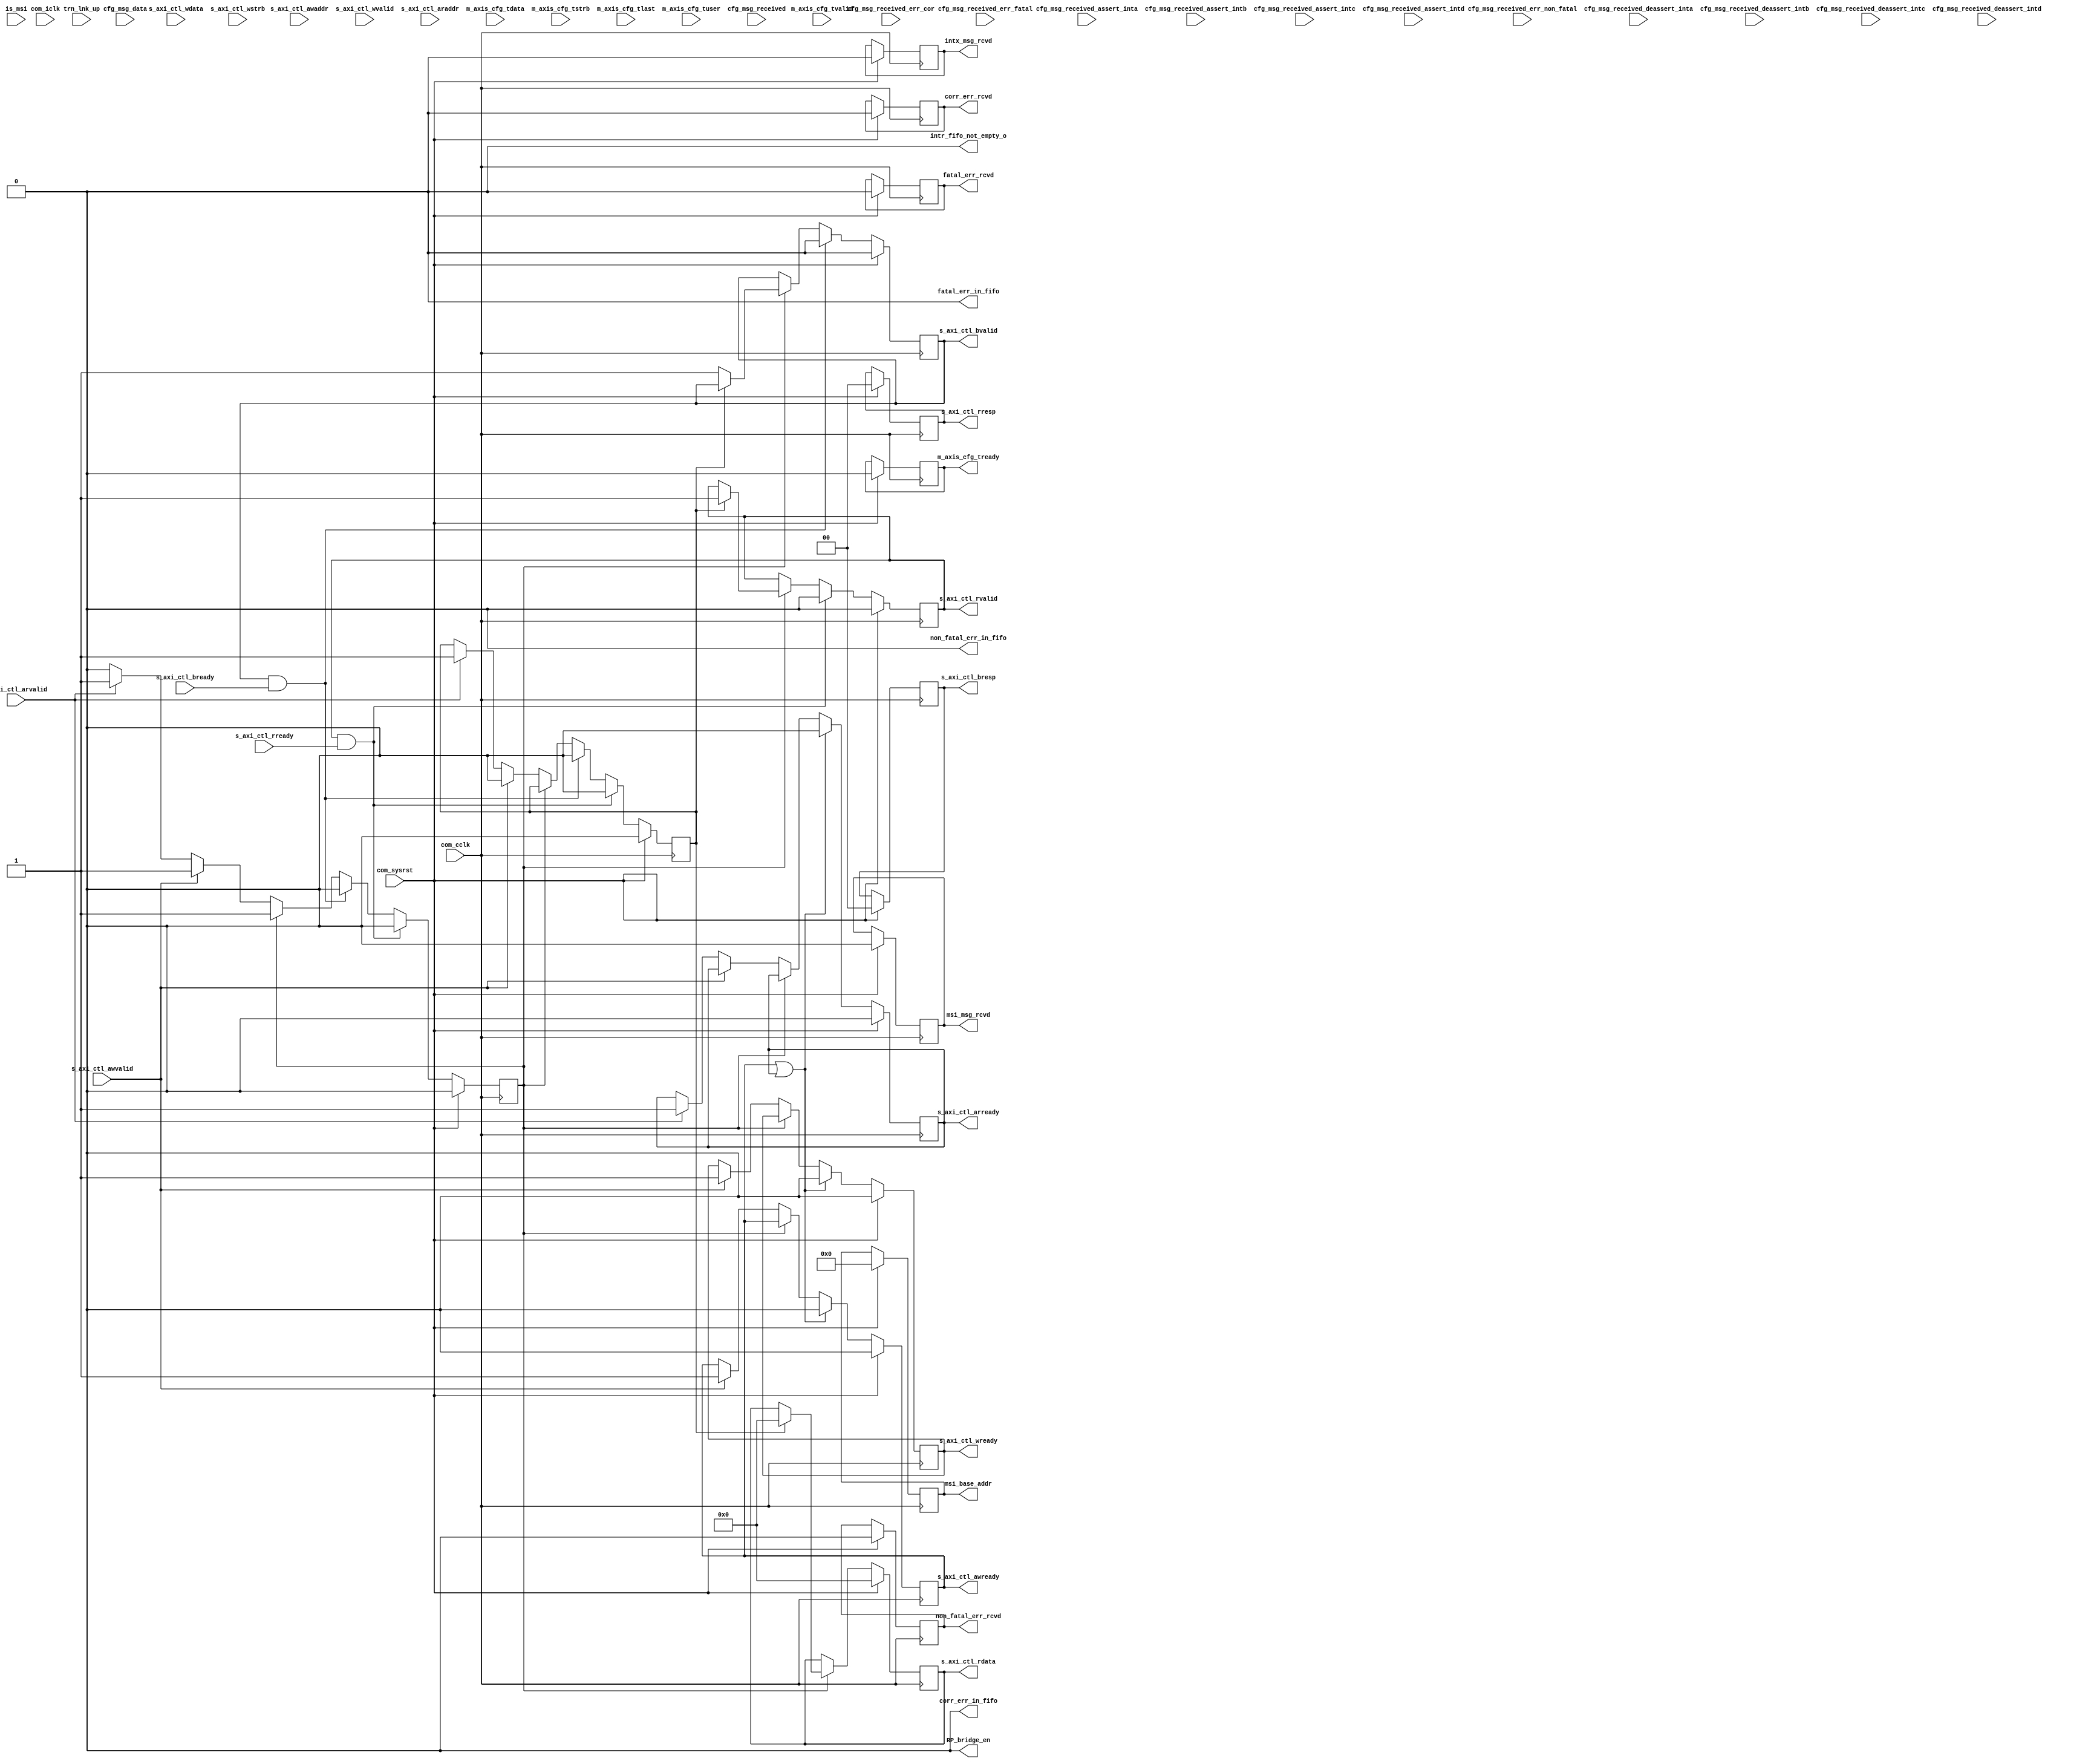
//----------------------------------------------------------------------------//
//                                                                            //
//  Description:                                                              //
//                                                                            //
//                                                                            //
//  Notes:                                                                    //
//  Optional notes section.                                                   //
//                                                                            //
//  Hierarchical:                                                             //
//    axi_enhanced_cfg                                                        //
//    axi_enhanced_cfg_event_handler                                          //
//                                                                            //
//----------------------------------------------------------------------------//

`timescale 1ps/1ps

module axi_enhanced_pcie_v1_04_a_axi_enhanced_cfg_event_handler #(
  parameter C_DATA_WIDTH = 32,                       // AXI-S Interface Data Width
  parameter C_FAMILY = "X7",                         // Targeted FPGA family
  parameter C_ROOT_PORT = "FALSE",                   // PCIe block is in root port mode
  parameter C_VSEC_CAP_ADDR = 12'h000,               // DWORD address of start of VSEC Header
  parameter TCQ = 1,                                 // Clock-to-Q delay
  // Do not override parameters below this line
  parameter REM_WIDTH  = (C_DATA_WIDTH == 128) ? 2 : 1, // trem/rrem width
  parameter RBAR_WIDTH = (C_FAMILY == "X7") ? 8 : 7,    // trn_rbar_hit width
  parameter STRB_WIDTH = C_DATA_WIDTH / 8               // TSTRB width
  ) (
  
  //--------------------------------------------//
  // AXI-Lite Interface                         //
  //--------------------------------------------//

  // AXI-Lite Write Address Channel
  input [31:0]               s_axi_ctl_awaddr,       // AXI Lite Write Address
  input                      s_axi_ctl_awvalid,      // AXI Lite Write Address Valid
  output reg                 s_axi_ctl_awready,      // AXI Lite Write Address Core ready

  // AXI-Lite Write Data Channel
  input [31:0]               s_axi_ctl_wdata,        // AXI Lite Write Data
  input [3:0]                s_axi_ctl_wstrb,        // AXI Lite Write Data strobe
  input                      s_axi_ctl_wvalid,       // AXI Lite Write Data Valid
  output reg                 s_axi_ctl_wready,       // AXI Lite Write Data Core ready

  // AXI-Lite Write Response Channel
  output reg [1:0]           s_axi_ctl_bresp,        // AXI Lite Write Data strobe
  output reg                 s_axi_ctl_bvalid,       // AXI Lite Write Data Valid
  input                      s_axi_ctl_bready,       // AXI Lite Write Data Core ready

  // AXI-Lite Read Address Channel
  input [31:0]               s_axi_ctl_araddr,       // AXI Lite Read Address
  input                      s_axi_ctl_arvalid,      // AXI Lite Read Address Valid
  output reg                 s_axi_ctl_arready,      // AXI Lite Read Address Core ready

  // AXI-Lite Read Data Channel
  output reg [31:0]          s_axi_ctl_rdata,        // AXI Lite Read Data
  output reg [1:0]           s_axi_ctl_rresp,        // AXI Lite Read Data strobe
  output reg                 s_axi_ctl_rvalid,       // AXI Lite Read Data Valid
  input                      s_axi_ctl_rready,       // AXI Lite Read Data Core ready

  //--------------------------------------------//
  // AXI-S Interface from RX Module             //
  //--------------------------------------------//
  input [C_DATA_WIDTH-1:0]   m_axis_cfg_tdata,       // AXI-S Data from RX module
  input                      m_axis_cfg_tvalid,      // Data is valid
  output reg                 m_axis_cfg_tready,      // Data Ready
  input [STRB_WIDTH-1:0]     m_axis_cfg_tstrb,       // Strobe byte enables
  input                      m_axis_cfg_tlast,       // Data Last
  input [21:0]               m_axis_cfg_tuser,       // AXI-S User Signals
  
  //--------------------------------------------//
  // Status Interface from PCIe Block           //
  //--------------------------------------------//
  input [15:0]               cfg_msg_data,                   // Message Requester ID
  input                      cfg_msg_received,               // Indication of Message received
  input                      cfg_msg_received_err_cor,       // Correctable Error received
  input                      cfg_msg_received_err_non_fatal, // Non-Fatal Error received
  input                      cfg_msg_received_err_fatal,     // Fatal Error received
  input                      cfg_msg_received_assert_inta,   // INTA Assert
  input                      cfg_msg_received_assert_intb,   // INTB Assert
  input                      cfg_msg_received_assert_intc,   // INTC Assert
  input                      cfg_msg_received_assert_intd,   // INTD Assert
  input                      cfg_msg_received_deassert_inta, // INTA Dessert
  input                      cfg_msg_received_deassert_intb, // INTB Dessert
  input                      cfg_msg_received_deassert_intc, // INTC Dessert
  input                      cfg_msg_received_deassert_intd, // INTD Dessert

  // Control pins
  input                      trn_lnk_up,             // TRN Link Up
  output                     RP_bridge_en,           // RP Bridge Enable bit

  //--------------------------------------------//
  // Control Channel side-band signals          //
  //--------------------------------------------//
  input                      is_msi,                 // MSI is present on the AXI-S Interface
  output reg [63:0]          msi_base_addr,          // MSI Base Address
  output reg                 corr_err_rcvd,          // Received Correctable Error
  output reg                 non_fatal_err_rcvd,     // Received Non-Fatal Error
  output reg                 fatal_err_rcvd,         // Received Fatal Error
  output reg                 intx_msg_rcvd,          // Received INTx Message
  output reg                 msi_msg_rcvd,           // Received MSI Message
  output wire                intr_fifo_not_empty_o,  // Interrupt FIFO not empty flag
  output wire                corr_err_in_fifo,       // Correctable error is present inside Error FIFO
  output wire                non_fatal_err_in_fifo,  // Non-Fatal error is present inside Error FIFO
  output wire                fatal_err_in_fifo,      // Fatal error is present inside Error FIFO

  //--------------------------------------------//
  // System I/Os                                //
  //--------------------------------------------//
  input                      com_sysrst,             // Reset Signal for the core
  input                      com_iclk,               // Interface Clock
  input                      com_cclk                // AXI Lite Clock
  );

  reg                        request_in_progress;    // To make sure we don't capture the AXI-Lite
                                                     // read/write request again upon receiving the
                                                     // corresponding valid bit HIGH if any request
                                                     // is waiting for response
  reg                        rd_wr_bar_pending;      // Read/Write bar flag
  
  // generate block to differentiate the module's role in case of EndPoint and Root Port
  generate

  if(C_ROOT_PORT == "FALSE") begin: block_is_ep
  
    // Register space in this module is specific to RP configuration
    // Write to these registers in case of EP will have no effect
    // Read to these registers in case of EP will give always 'b0 on data bus along with OKAY response

    // initialize the wires    
    assign RP_bridge_en = 'b0;

    assign intr_fifo_not_empty_o = 1'b0;
    assign corr_err_in_fifo = 1'b0;
    assign non_fatal_err_in_fifo = 1'b0;
    assign fatal_err_in_fifo = 1'b0;

    always@(posedge com_cclk)
    begin
      if(com_sysrst) begin
        s_axi_ctl_awready         <= #TCQ 'b0;
        s_axi_ctl_wready          <= #TCQ 'b0;
        s_axi_ctl_bresp           <= #TCQ 'b0;
        s_axi_ctl_bvalid          <= #TCQ 'b0;
        s_axi_ctl_arready         <= #TCQ 'b0;
        s_axi_ctl_rdata           <= #TCQ 32'b0;
        s_axi_ctl_rresp           <= #TCQ 'b0;
        s_axi_ctl_rvalid          <= #TCQ 'b0;
        m_axis_cfg_tready         <= #TCQ 'b0;
        request_in_progress       <= #TCQ 'b0;
        rd_wr_bar_pending         <= #TCQ 'b0;
        // Side-band signals will be tied to 0 for EndPoint configuration
        msi_base_addr             <= #TCQ 64'b0;
        corr_err_rcvd             <= #TCQ 'b0;
        non_fatal_err_rcvd        <= #TCQ 'b0;
        fatal_err_rcvd            <= #TCQ 'b0;
        intx_msg_rcvd             <= #TCQ 'b0;
        msi_msg_rcvd              <= #TCQ 'b0;
      end
      else begin
        if(!request_in_progress) begin
          if(s_axi_ctl_awvalid) begin  // Write request
            s_axi_ctl_awready     <= #TCQ 'b1;
            s_axi_ctl_wready      <= #TCQ 'b1;
            request_in_progress   <= #TCQ 'b1;
            rd_wr_bar_pending     <= #TCQ 'b0;
          end
          else if(s_axi_ctl_arvalid) begin // Read Request
            s_axi_ctl_arready     <= #TCQ 'b1;
            request_in_progress   <= #TCQ 'b1;
            rd_wr_bar_pending     <= #TCQ 'b1;
          end
        end
        else begin
          if(rd_wr_bar_pending) begin // Read Request is pending
            s_axi_ctl_rdata       <= #TCQ 'b0;
            s_axi_ctl_rvalid      <= #TCQ 'b1;
          end
          else begin // Write request is pending
            s_axi_ctl_bvalid      <= #TCQ 'b1;
          end
        end  

        // Ready output signals must be asserted for single clock cycle
        if(s_axi_ctl_awready || s_axi_ctl_arready) begin
          s_axi_ctl_awready      <= #TCQ 1'b0;
          s_axi_ctl_wready        <= #TCQ 1'b0;
          s_axi_ctl_arready       <= #TCQ 1'b0;
        end
        // De-assert response valid signal along with request in progress once
        // the transaction is received by the AXI-Lite slave sub-module
        if(s_axi_ctl_bvalid && s_axi_ctl_bready) begin
          s_axi_ctl_bvalid        <= #TCQ 1'b0;
          request_in_progress     <= #TCQ 1'b0;
          rd_wr_bar_pending       <= #TCQ 1'b0;
        end
        if(s_axi_ctl_rvalid && s_axi_ctl_rready) begin
          s_axi_ctl_rvalid        <= #TCQ 1'b0;
          request_in_progress     <= #TCQ 1'b0;
          rd_wr_bar_pending       <= #TCQ 1'b0;
        end

      end
    end
  end  // block_is_ep
  else begin: block_is_rp
    // All registers present inside this sub-module are RP specific
    localparam               PTR_WIDTH = 4;
    localparam               FIFO_DEPTH = (1 << PTR_WIDTH);
    reg [31:0]               root_port_status_control;
    reg [31:0]               root_port_error_fifo_read [FIFO_DEPTH-1:0];
    reg [31:0]               root_port_interrupt_fifo_read1 [FIFO_DEPTH-1:0];
    reg [31:0]               root_port_interrupt_fifo_read2 [FIFO_DEPTH-1:0];
    // Rd/Wr Pointers to FIFOs
    reg [PTR_WIDTH-1:0]      err_fifo_rd_ptr;
    reg [PTR_WIDTH-1:0]      err_fifo_wr_ptr;
    reg [PTR_WIDTH-1:0]      intr_fifo_rd_ptr;
    reg [PTR_WIDTH-1:0]      intr_fifo_wr_ptr;
    // Flags
    wire                     err_fifo_not_empty;
    wire                     intr_fifo_not_empty;
    wire                     err_fifo_full;
    wire                     intr_fifo_full;
    // Local signals to capture MSI related info....
    reg [15:0]               msi_req_id;
    reg [10:0]               msi_addr;
    reg                      is_4dw_header;
    reg                      tlp_rcv_in_progress;
    reg                      trn_lnk_up_d;
    reg                      rd_wr_done;

    // Corr/Non-Fatal/Fatal Error counters
    reg [3:0]                corr_err_cntr;
    reg [3:0]                non_fatal_err_cntr;
    reg [3:0]                fatal_err_cntr;

    reg                      corr_err_incr;
    reg                      corr_err_decr;
    reg                      non_fatal_err_incr;
    reg                      non_fatal_err_decr;
    reg                      fatal_err_incr;
    reg                      fatal_err_decr;

    // Transmit Hot Reset to the DS device
    assign RP_bridge_en = root_port_status_control[0];

    assign intr_fifo_not_empty_o = intr_fifo_not_empty;
    assign corr_err_in_fifo = (corr_err_cntr == 4'b0000) ? 1'b0 : 1'b1;
    assign non_fatal_err_in_fifo = (non_fatal_err_cntr == 4'b0000) ? 1'b0 : 1'b1;
    assign fatal_err_in_fifo = (fatal_err_cntr == 4'b0000) ? 1'b0 : 1'b1;

    // Logic to read/write the register bank through AXI-Lite interface
    always@(posedge com_cclk) begin
      if(com_sysrst) begin
        // Reset the registers
          s_axi_ctl_awready         <= #TCQ 'b0;
          s_axi_ctl_wready          <= #TCQ 'b0;
          s_axi_ctl_arready         <= #TCQ 'b0;
          s_axi_ctl_bvalid          <= #TCQ 'b0;
          s_axi_ctl_rvalid          <= #TCQ 'b0;
          request_in_progress       <= #TCQ 'b0;
          rd_wr_bar_pending         <= #TCQ 'b0;
          root_port_status_control  <= #TCQ 'b0;
          msi_base_addr             <= #TCQ 64'b0;
          err_fifo_rd_ptr           <= #TCQ 'b0;
          intr_fifo_rd_ptr          <= #TCQ 'b0;
          s_axi_ctl_rdata           <= #TCQ 'b0;
          s_axi_ctl_rresp           <= #TCQ 'b0;
          s_axi_ctl_bresp           <= #TCQ 'b0;
          trn_lnk_up_d              <= #TCQ 1'b0;
          rd_wr_done                <= #TCQ 1'b0;
          corr_err_decr             <= #TCQ 1'b0;
          non_fatal_err_decr        <= #TCQ 1'b0;
          fatal_err_decr            <= #TCQ 1'b0;
      end
      else begin
        if(!request_in_progress) begin
          if(s_axi_ctl_awvalid) begin // Write request
            s_axi_ctl_awready         <= #TCQ 1'b1;
            s_axi_ctl_wready          <= #TCQ 1'b1;
            request_in_progress       <= #TCQ 1'b1;
            rd_wr_bar_pending         <= #TCQ 'b0;
          end
          else if(s_axi_ctl_arvalid) begin // Read Request
            s_axi_ctl_arready         <= #TCQ 1'b1;
            request_in_progress       <= #TCQ 1'b1;
            rd_wr_bar_pending         <= #TCQ 'b1;
          end
        end
        else if(!rd_wr_done) begin // Request is in progress
          rd_wr_done                  <= #TCQ 1'b1;
          if(rd_wr_bar_pending) begin // Read request is pending
            s_axi_ctl_rvalid          <= #TCQ 1'b1;
            case(s_axi_ctl_araddr[11:0])
            // Root Port Status/Control
            (C_VSEC_CAP_ADDR + 12'h20) : begin
                                         s_axi_ctl_rdata          <= #TCQ root_port_status_control;
                                         end
            // Root Port MSI Base 1
            (C_VSEC_CAP_ADDR + 12'h24) : begin
                                           s_axi_ctl_rdata        <= #TCQ msi_base_addr[63:32];
                                         end
            // Root Port MSI Base 2
            (C_VSEC_CAP_ADDR + 12'h28) : begin
                                           s_axi_ctl_rdata        <= #TCQ msi_base_addr[31:0];
                                         end
            // Root Port Error FIFO Read
            (C_VSEC_CAP_ADDR + 12'h2C) : begin
                                           if(err_fifo_not_empty) begin
                                             s_axi_ctl_rdata        <= #TCQ root_port_error_fifo_read[err_fifo_rd_ptr];
                                           end
                                           else begin
                                             s_axi_ctl_rdata[17:0]  <= #TCQ 
                                                                        root_port_error_fifo_read[err_fifo_rd_ptr][17:0];
                                             s_axi_ctl_rdata[18]    <= #TCQ 1'b0; // Error Valid = 1'b0 i.e. Failure
                                             s_axi_ctl_rdata[31:19] <= #TCQ 
                                                                        root_port_error_fifo_read[err_fifo_rd_ptr][31:19];
                                           end
                                         end
            // Root Port Interrupt FIFO Read 1
            (C_VSEC_CAP_ADDR + 12'h30) : begin
                                           if(intr_fifo_not_empty) begin
                                             s_axi_ctl_rdata        <= #TCQ 
                                                                         root_port_interrupt_fifo_read1[intr_fifo_rd_ptr];
                                           end
                                           else begin
                                             s_axi_ctl_rdata[30:0]  <= #TCQ 
                                                                  root_port_interrupt_fifo_read1[intr_fifo_rd_ptr][30:0];
                                             s_axi_ctl_rdata[31]    <= #TCQ 1'b0; // Interrupt Valid = 1'b0 i.e. Failure
                                           end
                                         end
            // Root Port Interrupt FIFO Read 2
            default                    : begin
                                           s_axi_ctl_rdata          <= #TCQ 
                                                                         root_port_interrupt_fifo_read2[intr_fifo_rd_ptr];
                                         end
            endcase
          end
          else begin // Write Request is pending
            s_axi_ctl_bvalid            <= #TCQ 1'b1;
            case(s_axi_ctl_awaddr[11:0])
            // Root Port Status/Control
            (C_VSEC_CAP_ADDR + 12'h20) : begin
                                         // Transmit Hot reset
                                         root_port_status_control[0]     <= #TCQ s_axi_ctl_wdata[0];
                                         // Error FIFO Overflow RW1C Bit
                                         root_port_status_control[17]    <= #TCQ (~s_axi_ctl_wdata[17] & 
                                                                                        root_port_status_control[17]);
                                         // Interrupt FIFO Overflow RW1C Bit
                                         root_port_status_control[19]    <= #TCQ (~s_axi_ctl_wdata[19] & 
                                                                                        root_port_status_control[19]);
                                         end
            // Root Port MSI Base 1
            (C_VSEC_CAP_ADDR + 12'h24) : begin
                                           msi_base_addr[63:32]          <= #TCQ s_axi_ctl_wdata;
                                         end
            // Root Port MSI Base 2
            (C_VSEC_CAP_ADDR + 12'h28) : begin
                                           msi_base_addr[31:12]          <= #TCQ s_axi_ctl_wdata[31:12];
                                         end
            // Root Port Error FIFO Read
            (C_VSEC_CAP_ADDR + 12'h2C) : begin
                                           // Write to this FIFO will clear the FIFO location
                                           if(err_fifo_not_empty) begin
                                             err_fifo_rd_ptr               <= #TCQ err_fifo_rd_ptr + 1'b1;

                                             // Correctable Error
                                             if (root_port_error_fifo_read[err_fifo_rd_ptr][17:16] == 2'b00) begin
                                               corr_err_decr               <= #TCQ 1'b1;
                                             end
                                             
                                             // Non-Fatal Error
                                             else if(root_port_error_fifo_read[err_fifo_rd_ptr][17:16] == 2'b01) begin
                                               non_fatal_err_decr          <= #TCQ 1'b1;
                                             end
                                             
                                             // Fatal Error
                                             else begin
                                               fatal_err_decr              <= #TCQ 1'b1;
                                             end
                                           end
                                         end
            // Root Port Interrupt FIFO Read 1
            (C_VSEC_CAP_ADDR + 12'h30) : begin
                                           // Write to this FIFO will clear the Interrupt FIFO1 and 2 location
                                           if(intr_fifo_not_empty) begin
                                             intr_fifo_rd_ptr               <= #TCQ intr_fifo_rd_ptr + 1'b1;
                                           end
                                         end
            // Root Port Interrupt FIFO Read 2
            default                    : begin
                                           // Write to this FIFO will clear the Interrupt FIFO1 and 2 location
                                           if(intr_fifo_not_empty) begin
                                             intr_fifo_rd_ptr               <= #TCQ intr_fifo_rd_ptr + 1'b1;
                                           end
                                         end
            endcase
          end
        end
        // Ready output signals must be asserted for single clock cycle
        if(s_axi_ctl_awready || s_axi_ctl_arready) begin
          s_axi_ctl_awready    <= #TCQ 1'b0;
          s_axi_ctl_wready     <= #TCQ 1'b0;
          s_axi_ctl_arready    <= #TCQ 1'b0;
        end

        // De-assert response valid signal along with request in progress once
        // the transaction is received by the AXI-Lite slave sub-module
        if(s_axi_ctl_bvalid && s_axi_ctl_bready) begin
          s_axi_ctl_bvalid     <= #TCQ 1'b0;
          request_in_progress  <= #TCQ 1'b0;
          rd_wr_done           <= #TCQ 1'b0;
        end
        if(s_axi_ctl_rvalid && s_axi_ctl_rready) begin
          s_axi_ctl_rvalid     <= #TCQ 1'b0;
          request_in_progress  <= #TCQ 1'b0;
          rd_wr_done           <= #TCQ 1'b0;
        end

        // Corr/Non-Fatal/Fatal error decrement notification must be a single cycle pulse
        if(corr_err_decr) begin
          corr_err_decr        <= #TCQ 1'b0;
        end
        if(non_fatal_err_decr) begin
          non_fatal_err_decr   <= #TCQ 1'b0;
        end
        if(fatal_err_decr) begin
          fatal_err_decr       <= #TCQ 1'b0;
        end

        // Root Port Status Control
        root_port_status_control[16] <= #TCQ err_fifo_not_empty;
        root_port_status_control[18] <= #TCQ intr_fifo_not_empty;

        // Drop the error Msg because of FIFO overflow
        if(cfg_msg_received && err_fifo_full && 
                      (cfg_msg_received_err_cor || cfg_msg_received_err_non_fatal || cfg_msg_received_err_fatal)) begin
          root_port_status_control[17]  <= #TCQ 1'b1; // OverFlow Flag will be set
        end
        // Drop the Interrupt Msg because of FIFO overflow
        if(intr_fifo_full && is_msi && m_axis_cfg_tvalid && m_axis_cfg_tready && (m_axis_cfg_tuser[21] == 1'b1)) begin
          root_port_status_control[19]  <= #TCQ 1'b1;
        end
        // Drop the Interrupt INTx because of FIFO overflow
        if(intr_fifo_full && cfg_msg_received && (cfg_msg_received_assert_inta || cfg_msg_received_assert_intb || 
             cfg_msg_received_assert_intc || cfg_msg_received_assert_intd || cfg_msg_received_deassert_inta ||
             cfg_msg_received_deassert_intb || cfg_msg_received_deassert_intc || cfg_msg_received_deassert_intd)) begin
          root_port_status_control[19]  <= #TCQ 1'b1;
        end
        // Clear the root_port_status_control[0] location whenever link goes down fron link up
        trn_lnk_up_d                  <= trn_lnk_up;
        if(trn_lnk_up_d && (!trn_lnk_up)) begin
          root_port_status_control[0] <= 1'b0; // Clear RP_bridge_en
        end
      end
    end // always

    integer i;

    // Error FIFO
    always@(posedge com_iclk) begin
      if(com_sysrst) begin
        // reset the registers
        for( i = 0; i < FIFO_DEPTH; i = i + 1) begin
          root_port_error_fifo_read[i] <= #TCQ 'b0;
        end
        err_fifo_wr_ptr        <= #TCQ 'b0;
        corr_err_rcvd          <= #TCQ 'b0;
        non_fatal_err_rcvd     <= #TCQ 'b0;
        fatal_err_rcvd         <= #TCQ 'b0;
        corr_err_incr          <= #TCQ 'b0;
        non_fatal_err_incr     <= #TCQ 'b0;
        fatal_err_incr         <= #TCQ 'b0;
      end
      else begin
        if(cfg_msg_received && (!err_fifo_full)) begin
          if(cfg_msg_received_err_cor) begin
            root_port_error_fifo_read[err_fifo_wr_ptr][15:0]  <= #TCQ cfg_msg_data; // Requester ID
            root_port_error_fifo_read[err_fifo_wr_ptr][17:16] <= #TCQ 2'b00;
            root_port_error_fifo_read[err_fifo_wr_ptr][18]    <= #TCQ 1'b1;
            err_fifo_wr_ptr                                   <= #TCQ err_fifo_wr_ptr + 1'b1;
            corr_err_rcvd                                     <= #TCQ 1'b1;
            corr_err_incr                                     <= #TCQ 1'b1;
          end
          if(cfg_msg_received_err_non_fatal) begin
            root_port_error_fifo_read[err_fifo_wr_ptr][15:0]  <= #TCQ cfg_msg_data; // Requester ID
            root_port_error_fifo_read[err_fifo_wr_ptr][17:16] <= #TCQ 2'b01;
            root_port_error_fifo_read[err_fifo_wr_ptr][18]    <= #TCQ 1'b1;
            err_fifo_wr_ptr                                   <= #TCQ err_fifo_wr_ptr + 1'b1;
            non_fatal_err_rcvd                                <= #TCQ 1'b1;
            non_fatal_err_incr                                <= #TCQ 1'b1;
          end
          if(cfg_msg_received_err_fatal) begin
            root_port_error_fifo_read[err_fifo_wr_ptr][15:0]  <= #TCQ cfg_msg_data; // Requester ID
            root_port_error_fifo_read[err_fifo_wr_ptr][17:16] <= #TCQ 2'b10;
            root_port_error_fifo_read[err_fifo_wr_ptr][18]    <= #TCQ 1'b1;
            err_fifo_wr_ptr                                   <= #TCQ err_fifo_wr_ptr + 1'b1;
            fatal_err_rcvd                                    <= #TCQ 1'b1;
            fatal_err_incr                                    <= #TCQ 1'b1;
          end
        end
        // Assert ERROR Falgs for once clock cycle only
        if(corr_err_rcvd) begin
          corr_err_rcvd                                       <= #TCQ 1'b0;
          corr_err_incr                                       <= #TCQ 1'b0;
        end
        if(non_fatal_err_rcvd) begin
          non_fatal_err_rcvd                                  <= #TCQ 1'b0;
          non_fatal_err_incr                                  <= #TCQ 1'b0;
        end
        if(fatal_err_rcvd) begin
          fatal_err_rcvd                                      <= #TCQ 1'b0;
          fatal_err_incr                                      <= #TCQ 1'b0;
        end
      end
    end // always

    // FIFO empty and full notification
    assign err_fifo_full        = ((err_fifo_rd_ptr - err_fifo_wr_ptr) == 4'b0001) ? 1'b1 : 1'b0;
    assign err_fifo_not_empty   = (err_fifo_rd_ptr == err_fifo_wr_ptr) ? 1'b0 : 1'b1;

    assign intr_fifo_full        = ((intr_fifo_rd_ptr - intr_fifo_wr_ptr) == 4'b0001) ? 1'b1 : 1'b0;
    assign intr_fifo_not_empty   = (intr_fifo_rd_ptr == intr_fifo_wr_ptr) ? 1'b0 : 1'b1;

    // Logic to count number of outstanding CORR/NON-FATAL/FATAL Errors in Root Port Error FIFO
    always@(posedge com_iclk) begin
      if(com_sysrst) begin
        corr_err_cntr      <= #TCQ 4'b0;
        non_fatal_err_cntr <= #TCQ 4'b0;
        fatal_err_cntr     <= #TCQ 4'b0;
      end
      else begin
        
        // Correctable error
        if(corr_err_incr) begin
          corr_err_cntr      <= #TCQ corr_err_cntr + 1'b1;
        end
        else if (corr_err_decr) begin
          corr_err_cntr      <= #TCQ corr_err_cntr - 1'b1;
        end
        
        // Non-Fatal error
        if(non_fatal_err_incr) begin
          non_fatal_err_cntr <= #TCQ non_fatal_err_cntr + 1'b1;
        end
        else if (non_fatal_err_decr) begin
          non_fatal_err_cntr <= #TCQ non_fatal_err_cntr - 1'b1;
        end
        
        // Fatal error
        if(fatal_err_incr) begin
          fatal_err_cntr <= #TCQ fatal_err_cntr + 1'b1;
        end
        else if (fatal_err_decr) begin
          fatal_err_cntr <= #TCQ fatal_err_cntr - 1'b1;
        end
      end
    end

    if(C_DATA_WIDTH == 128) begin
      // Flag to show Un-Aligned TLP start
      reg                    unaligned_tlp_started;
      // Logic to collect MSI Interrupt Message TLP from AXI-S RX CFG Interface
      // Interrupt FIFO1 and 2
      always@(posedge com_iclk) begin
        if(com_sysrst) begin
          // Reset the FIFOs
          for( i = 0; i < FIFO_DEPTH; i = i + 1) begin
            root_port_interrupt_fifo_read1[i] <= #TCQ 'b0;
            root_port_interrupt_fifo_read2[i] <= #TCQ 'b0;
          end
          intr_fifo_wr_ptr                    <= #TCQ 'b0;
          intx_msg_rcvd                       <= #TCQ 'b0;
          msi_msg_rcvd                        <= #TCQ 'b0;
        end
        else begin
          if((!intr_fifo_full) && is_msi && m_axis_cfg_tvalid && m_axis_cfg_tready && 
                                                                            (m_axis_cfg_tuser[21] == 1'b1)) begin
            // Requester ID of MSI
            root_port_interrupt_fifo_read1[intr_fifo_wr_ptr][15:0]    <= #TCQ msi_req_id;
            if(unaligned_tlp_started) begin
              if(is_4dw_header) begin
              // 64-bit MSI Address
              root_port_interrupt_fifo_read1[intr_fifo_wr_ptr][26:16] <= #TCQ m_axis_cfg_tdata[44:34]; // DW3[12:2]
              end
              else begin
              // 32-bit MSI Address
              root_port_interrupt_fifo_read1[intr_fifo_wr_ptr][26:16] <= #TCQ m_axis_cfg_tdata[12:2]; // DW2[12:2]
              end
            end
            else begin
              // MSI Address
              root_port_interrupt_fifo_read1[intr_fifo_wr_ptr][26:16] <= #TCQ msi_addr;
            end
            // Interrupt Line INTx tied to '0'
            root_port_interrupt_fifo_read1[intr_fifo_wr_ptr][28:27]   <= #TCQ 2'b00;
            // Interrupt Assert tied to '0'
            root_port_interrupt_fifo_read1[intr_fifo_wr_ptr][29]      <= #TCQ 1'b0;
            // MSI Interrupt
            root_port_interrupt_fifo_read1[intr_fifo_wr_ptr][30]      <= #TCQ 1'b1;
            // Interrupt Valid
            root_port_interrupt_fifo_read1[intr_fifo_wr_ptr][31]      <= #TCQ 1'b1;
            case(m_axis_cfg_tstrb)
            16'hFFFF : root_port_interrupt_fifo_read2[intr_fifo_wr_ptr][15:0] <= #TCQ 
                                                               {m_axis_cfg_tdata[119:112],m_axis_cfg_tdata[127:120]};
            16'h0FFF : root_port_interrupt_fifo_read2[intr_fifo_wr_ptr][15:0] <= #TCQ 
                                                               {m_axis_cfg_tdata[87:80],m_axis_cfg_tdata[95:88]};
            16'h00FF : root_port_interrupt_fifo_read2[intr_fifo_wr_ptr][15:0] <= #TCQ 
                                                               {m_axis_cfg_tdata[55:48],m_axis_cfg_tdata[63:56]};
            default :  root_port_interrupt_fifo_read2[intr_fifo_wr_ptr][15:0] <= #TCQ 
                                                               {m_axis_cfg_tdata[23:16],m_axis_cfg_tdata[31:24]};
            endcase
            intr_fifo_wr_ptr                <= #TCQ intr_fifo_wr_ptr + 1'b1;
            msi_msg_rcvd                    <= #TCQ 1'b1;
          end
          else begin
            if((!intr_fifo_full) && cfg_msg_received) begin
              if(cfg_msg_received_assert_inta) begin
                root_port_interrupt_fifo_read1[intr_fifo_wr_ptr][15:0]  <= #TCQ cfg_msg_data;
                root_port_interrupt_fifo_read1[intr_fifo_wr_ptr][26:16] <= #TCQ 'b0;
                root_port_interrupt_fifo_read1[intr_fifo_wr_ptr][28:27] <= #TCQ 2'b00;// INTA
                root_port_interrupt_fifo_read1[intr_fifo_wr_ptr][29]    <= #TCQ 1'b1; // Assert
                root_port_interrupt_fifo_read1[intr_fifo_wr_ptr][30]    <= #TCQ 1'b0; // INTx
                root_port_interrupt_fifo_read1[intr_fifo_wr_ptr][31]    <= #TCQ 1'b1; // Valid
                intr_fifo_wr_ptr                <= #TCQ intr_fifo_wr_ptr + 1'b1;
                intx_msg_rcvd                   <= #TCQ 1'b1;
              end
              else if(cfg_msg_received_assert_intb) begin
                intr_fifo_wr_ptr                <= #TCQ intr_fifo_wr_ptr + 1'b1;
                root_port_interrupt_fifo_read1[intr_fifo_wr_ptr][15:0]  <= #TCQ cfg_msg_data;
                root_port_interrupt_fifo_read1[intr_fifo_wr_ptr][26:16] <= #TCQ 'b0;
                root_port_interrupt_fifo_read1[intr_fifo_wr_ptr][28:27] <= #TCQ 2'b01;// INTB
                root_port_interrupt_fifo_read1[intr_fifo_wr_ptr][29]    <= #TCQ 1'b1; // Assert
                root_port_interrupt_fifo_read1[intr_fifo_wr_ptr][30]    <= #TCQ 1'b0; // INTx
                root_port_interrupt_fifo_read1[intr_fifo_wr_ptr][31]    <= #TCQ 1'b1; // Valid
                intr_fifo_wr_ptr                <= #TCQ intr_fifo_wr_ptr + 1'b1;
                intx_msg_rcvd                   <= #TCQ 1'b1;
              end
              else if(cfg_msg_received_assert_intc) begin
                root_port_interrupt_fifo_read1[intr_fifo_wr_ptr][15:0]  <= #TCQ cfg_msg_data;
                root_port_interrupt_fifo_read1[intr_fifo_wr_ptr][26:16] <= #TCQ 'b0;
                root_port_interrupt_fifo_read1[intr_fifo_wr_ptr][28:27] <= #TCQ 2'b10;// INTC
                root_port_interrupt_fifo_read1[intr_fifo_wr_ptr][29]    <= #TCQ 1'b1; // Assert
                root_port_interrupt_fifo_read1[intr_fifo_wr_ptr][30]    <= #TCQ 1'b0; // INTx
                root_port_interrupt_fifo_read1[intr_fifo_wr_ptr][31]    <= #TCQ 1'b1; // Valid
                intr_fifo_wr_ptr                <= #TCQ intr_fifo_wr_ptr + 1'b1;
                intx_msg_rcvd                   <= #TCQ 1'b1;
              end
              else if(cfg_msg_received_assert_intd) begin
                root_port_interrupt_fifo_read1[intr_fifo_wr_ptr][15:0]  <= #TCQ cfg_msg_data;
                root_port_interrupt_fifo_read1[intr_fifo_wr_ptr][26:16] <= #TCQ 'b0;
                root_port_interrupt_fifo_read1[intr_fifo_wr_ptr][28:27] <= #TCQ 2'b11;// INTD
                root_port_interrupt_fifo_read1[intr_fifo_wr_ptr][29]    <= #TCQ 1'b1; // Assert
                root_port_interrupt_fifo_read1[intr_fifo_wr_ptr][30]    <= #TCQ 1'b0; // INTx
                root_port_interrupt_fifo_read1[intr_fifo_wr_ptr][31]    <= #TCQ 1'b1; // Valid
                intr_fifo_wr_ptr                <= #TCQ intr_fifo_wr_ptr + 1'b1;
                intx_msg_rcvd                   <= #TCQ 1'b1;
              end
              else if(cfg_msg_received_deassert_inta) begin
                root_port_interrupt_fifo_read1[intr_fifo_wr_ptr][15:0]  <= #TCQ cfg_msg_data;
                root_port_interrupt_fifo_read1[intr_fifo_wr_ptr][26:16] <= #TCQ 'b0;
                root_port_interrupt_fifo_read1[intr_fifo_wr_ptr][28:27] <= #TCQ 2'b00;// INTA
                root_port_interrupt_fifo_read1[intr_fifo_wr_ptr][29]    <= #TCQ 1'b0; // De-Assert
                root_port_interrupt_fifo_read1[intr_fifo_wr_ptr][30]    <= #TCQ 1'b0; // INTx
                root_port_interrupt_fifo_read1[intr_fifo_wr_ptr][31]    <= #TCQ 1'b1; // Valid
                intr_fifo_wr_ptr                <= #TCQ intr_fifo_wr_ptr + 1'b1;
                intx_msg_rcvd                   <= #TCQ 1'b1;
              end
              else if(cfg_msg_received_deassert_intb) begin
                root_port_interrupt_fifo_read1[intr_fifo_wr_ptr][15:0]  <= #TCQ cfg_msg_data;
                root_port_interrupt_fifo_read1[intr_fifo_wr_ptr][26:16] <= #TCQ 'b0;
                root_port_interrupt_fifo_read1[intr_fifo_wr_ptr][28:27] <= #TCQ 2'b01;// INTB
                root_port_interrupt_fifo_read1[intr_fifo_wr_ptr][29]    <= #TCQ 1'b0; // De-Assert
                root_port_interrupt_fifo_read1[intr_fifo_wr_ptr][30]    <= #TCQ 1'b0; // INTx
                root_port_interrupt_fifo_read1[intr_fifo_wr_ptr][31]    <= #TCQ 1'b1; // Valid
                intr_fifo_wr_ptr                <= #TCQ intr_fifo_wr_ptr + 1'b1;
                intx_msg_rcvd                   <= #TCQ 1'b1;
              end
              else if(cfg_msg_received_deassert_intc) begin
                root_port_interrupt_fifo_read1[intr_fifo_wr_ptr][15:0]  <= #TCQ cfg_msg_data;
                root_port_interrupt_fifo_read1[intr_fifo_wr_ptr][26:16] <= #TCQ 'b0;
                root_port_interrupt_fifo_read1[intr_fifo_wr_ptr][28:27] <= #TCQ 2'b10;// INTC
                root_port_interrupt_fifo_read1[intr_fifo_wr_ptr][29]    <= #TCQ 1'b0; // De-Assert
                root_port_interrupt_fifo_read1[intr_fifo_wr_ptr][30]    <= #TCQ 1'b0; // INTx
                root_port_interrupt_fifo_read1[intr_fifo_wr_ptr][31]    <= #TCQ 1'b1; // Valid
                intr_fifo_wr_ptr                <= #TCQ intr_fifo_wr_ptr + 1'b1;
                intx_msg_rcvd                   <= #TCQ 1'b1;
              end
              else if(cfg_msg_received_deassert_intd) begin
                root_port_interrupt_fifo_read1[intr_fifo_wr_ptr][15:0]  <= #TCQ cfg_msg_data;
                root_port_interrupt_fifo_read1[intr_fifo_wr_ptr][26:16] <= #TCQ 'b0;
                root_port_interrupt_fifo_read1[intr_fifo_wr_ptr][28:27] <= #TCQ 2'b11;// INTD
                root_port_interrupt_fifo_read1[intr_fifo_wr_ptr][29]    <= #TCQ 1'b0; // De-Assert
                root_port_interrupt_fifo_read1[intr_fifo_wr_ptr][30]    <= #TCQ 1'b0; // INTx
                root_port_interrupt_fifo_read1[intr_fifo_wr_ptr][31]    <= #TCQ 1'b1; // Valid
                intr_fifo_wr_ptr                <= #TCQ intr_fifo_wr_ptr + 1'b1;
                intx_msg_rcvd                   <= #TCQ 1'b1;
              end
            end
          end
          // Assert Interrupt Flags for once clock cycle only
          if(msi_msg_rcvd) begin
            msi_msg_rcvd            <= #TCQ 1'b0;
          end
          if(intx_msg_rcvd && (!(cfg_msg_received && (cfg_msg_received_assert_inta || cfg_msg_received_assert_intb ||
                    cfg_msg_received_assert_intc || cfg_msg_received_assert_intd || cfg_msg_received_deassert_inta ||
                    cfg_msg_received_deassert_intb || cfg_msg_received_deassert_intc ||
                    cfg_msg_received_deassert_intd)))) begin
            intx_msg_rcvd           <= #TCQ 1'b0;
          end
        end
      end // always

      always@(posedge com_iclk) begin
        if(com_sysrst) begin
          m_axis_cfg_tready         <= #TCQ 'b0;
          tlp_rcv_in_progress       <= #TCQ 'b0;
          msi_addr                  <= #TCQ 'b0;
          msi_req_id                <= #TCQ 'b0;
          is_4dw_header             <= #TCQ 'b0;
          unaligned_tlp_started     <= #TCQ 'b0;
        end
        else begin
          // Assert TREADY in response to TVALID
          if(m_axis_cfg_tvalid) begin
            m_axis_cfg_tready       <= #TCQ 1'b1;
          end
          // De-assert TREADY after receiving full TLP
          if(m_axis_cfg_tready && m_axis_cfg_tlast) begin
            m_axis_cfg_tready       <= #TCQ 1'b0;
            unaligned_tlp_started   <= #TCQ 1'b0;
          end
          // MSI request
          if(is_msi) begin
            // Aligned 4DW Header + 1DW Data
            if(m_axis_cfg_tvalid && (m_axis_cfg_tuser[14:10] == 5'b10000) && (!tlp_rcv_in_progress)
                                            && (m_axis_cfg_tdata[30:29] == 2'b11)) begin // Aligned TLP received
              msi_req_id            <= #TCQ m_axis_cfg_tdata[63:48]; // Requester ID at DW1[31:16] locaton
              msi_addr              <= #TCQ m_axis_cfg_tdata[108:98]; // MSI Address[12:2] at DW3[12:2] location
              tlp_rcv_in_progress   <= #TCQ 1'b1;
              unaligned_tlp_started <= #TCQ 1'b0;
              is_4dw_header         <= #TCQ 1'b1;
            end
            // Aligned 3DW Header + 1DW Data
            else if(m_axis_cfg_tvalid && (m_axis_cfg_tuser[14:10] == 5'b10000) && (!tlp_rcv_in_progress)
                                                                    && (m_axis_cfg_tdata[30:29] == 2'b10)) begin
              msi_req_id            <= #TCQ m_axis_cfg_tdata[63:48]; // Requester ID at DW1[31:16] locaton
              msi_addr              <= #TCQ m_axis_cfg_tdata[76:66]; // MSI Address[12:2] at DW2[12:2] location
              tlp_rcv_in_progress   <= #TCQ 1'b1;
              unaligned_tlp_started <= #TCQ 1'b0;
              is_4dw_header         <= #TCQ 1'b0;
            end
            else if(m_axis_cfg_tvalid && (m_axis_cfg_tuser[14:10] == 5'b11000) && 
                                                           (!tlp_rcv_in_progress)) begin // Un-Aligned TLP case
              tlp_rcv_in_progress   <= #TCQ 1'b1;
              unaligned_tlp_started <= #TCQ 1'b1;
              msi_req_id            <= #TCQ m_axis_cfg_tdata[127:112]; // Requester ID at DW1[31:16] location
              // 4DW Header
              if(m_axis_cfg_tdata[94:93] == 2'b11) begin
                is_4dw_header       <= #TCQ 1'b1;
              end
              // 3DW Header
              else begin
                is_4dw_header       <= #TCQ 1'b0;
              end
            end
            if(m_axis_cfg_tvalid && (m_axis_cfg_tuser[21] == 1'b1) && m_axis_cfg_tready) begin
              unaligned_tlp_started <= #TCQ 1'b0;
              tlp_rcv_in_progress   <= #TCQ 1'b0;
              is_4dw_header         <= #TCQ 1'b0;
            end
          end
        end
      end // always
    end // 128-bit mode RP

    if(C_DATA_WIDTH == 64) begin
      // Logic to collect MSI Interrupt Message TLP from AXI-S RX CFG Interface
      // Interrupt FIFO1 and 2
      always@(posedge com_iclk) begin
        if(com_sysrst) begin
          // Reset the FIFOs
          for( i = 0; i < FIFO_DEPTH; i = i + 1) begin
            root_port_interrupt_fifo_read1[i] <= #TCQ 'b0;
            root_port_interrupt_fifo_read2[i] <= #TCQ 'b0;
          end
          intr_fifo_wr_ptr                    <= #TCQ 'b0;
          intx_msg_rcvd                       <= #TCQ 'b0;
          msi_msg_rcvd                        <= #TCQ 'b0;
        end
        else begin
          if((!intr_fifo_full) && is_msi && m_axis_cfg_tvalid && m_axis_cfg_tready && m_axis_cfg_tuser[21]) begin
            // Requester ID of MSI
            root_port_interrupt_fifo_read1[intr_fifo_wr_ptr][15:0]      <= #TCQ msi_req_id;
            // 64-bit MSI Address
            if(is_4dw_header) begin
              root_port_interrupt_fifo_read1[intr_fifo_wr_ptr][26:16]   <= #TCQ msi_addr;
            end
            // 32-bit MSI Address
            else begin
              if(m_axis_cfg_tstrb == 8'hFF) begin
                root_port_interrupt_fifo_read1[intr_fifo_wr_ptr][26:16] <= #TCQ m_axis_cfg_tdata[12:2];
              end
              // Re-aligned Data
              // coverage off
              else begin
                root_port_interrupt_fifo_read1[intr_fifo_wr_ptr][26:16] <= #TCQ msi_addr;
              end
              // coverage on
            end
            // Interrupt Line INTx tied to '0'
            root_port_interrupt_fifo_read1[intr_fifo_wr_ptr][28:27]     <= #TCQ 2'b00;
            // Interrupt Assert tied to '0'
            root_port_interrupt_fifo_read1[intr_fifo_wr_ptr][29]        <= #TCQ 1'b0;
            // MSI Interrupt
            root_port_interrupt_fifo_read1[intr_fifo_wr_ptr][30]        <= #TCQ 1'b1;
            // Interrupt Valid
            root_port_interrupt_fifo_read1[intr_fifo_wr_ptr][31]        <= #TCQ 1'b1;
            if(m_axis_cfg_tstrb == 8'hFF) begin
              root_port_interrupt_fifo_read2[intr_fifo_wr_ptr][15:0]    <= #TCQ 
                                                                    {m_axis_cfg_tdata[55:48],m_axis_cfg_tdata[63:56]};
            end
            else begin
              root_port_interrupt_fifo_read2[intr_fifo_wr_ptr][15:0]    <= #TCQ 
                                                                    {m_axis_cfg_tdata[23:16],m_axis_cfg_tdata[31:24]};
            end
            intr_fifo_wr_ptr                <= #TCQ intr_fifo_wr_ptr + 1'b1;
            msi_msg_rcvd                    <= #TCQ 'b1;
          end
          else begin
            if((!intr_fifo_full) && cfg_msg_received) begin
              if(cfg_msg_received_assert_inta) begin
                root_port_interrupt_fifo_read1[intr_fifo_wr_ptr][15:0]  <= #TCQ cfg_msg_data;
                root_port_interrupt_fifo_read1[intr_fifo_wr_ptr][26:16] <= #TCQ 'b0;
                root_port_interrupt_fifo_read1[intr_fifo_wr_ptr][28:27] <= #TCQ 2'b00;// INTA
                root_port_interrupt_fifo_read1[intr_fifo_wr_ptr][29]    <= #TCQ 1'b1; // Assert
                root_port_interrupt_fifo_read1[intr_fifo_wr_ptr][30]    <= #TCQ 1'b0; // INTx
                root_port_interrupt_fifo_read1[intr_fifo_wr_ptr][31]    <= #TCQ 1'b1; // Valid
                intr_fifo_wr_ptr                <= #TCQ intr_fifo_wr_ptr + 1'b1;
                intx_msg_rcvd                   <= #TCQ 'b1;
              end
              else if(cfg_msg_received_assert_intb) begin
                intr_fifo_wr_ptr                <= #TCQ intr_fifo_wr_ptr + 1'b1;
                root_port_interrupt_fifo_read1[intr_fifo_wr_ptr][15:0]  <= #TCQ cfg_msg_data;
                root_port_interrupt_fifo_read1[intr_fifo_wr_ptr][26:16] <= #TCQ 'b0;
                root_port_interrupt_fifo_read1[intr_fifo_wr_ptr][28:27] <= #TCQ 2'b01;// INTB
                root_port_interrupt_fifo_read1[intr_fifo_wr_ptr][29]    <= #TCQ 1'b1; // Assert
                root_port_interrupt_fifo_read1[intr_fifo_wr_ptr][30]    <= #TCQ 1'b0; // INTx
                root_port_interrupt_fifo_read1[intr_fifo_wr_ptr][31]    <= #TCQ 1'b1; // Valid
                intr_fifo_wr_ptr                <= #TCQ intr_fifo_wr_ptr + 1'b1;
                intx_msg_rcvd                   <= #TCQ 'b1;
              end
              else if(cfg_msg_received_assert_intc) begin
                root_port_interrupt_fifo_read1[intr_fifo_wr_ptr][15:0]  <= #TCQ cfg_msg_data;
                root_port_interrupt_fifo_read1[intr_fifo_wr_ptr][26:16] <= #TCQ 'b0;
                root_port_interrupt_fifo_read1[intr_fifo_wr_ptr][28:27] <= #TCQ 2'b10;// INTC
                root_port_interrupt_fifo_read1[intr_fifo_wr_ptr][29]    <= #TCQ 1'b1; // Assert
                root_port_interrupt_fifo_read1[intr_fifo_wr_ptr][30]    <= #TCQ 1'b0; // INTx
                root_port_interrupt_fifo_read1[intr_fifo_wr_ptr][31]    <= #TCQ 1'b1; // Valid
                intr_fifo_wr_ptr                <= #TCQ intr_fifo_wr_ptr + 1'b1;
                intx_msg_rcvd                   <= #TCQ 'b1;
              end
              else if(cfg_msg_received_assert_intd) begin
                root_port_interrupt_fifo_read1[intr_fifo_wr_ptr][15:0]  <= #TCQ cfg_msg_data;
                root_port_interrupt_fifo_read1[intr_fifo_wr_ptr][26:16] <= #TCQ 'b0;
                root_port_interrupt_fifo_read1[intr_fifo_wr_ptr][28:27] <= #TCQ 2'b11;// INTD
                root_port_interrupt_fifo_read1[intr_fifo_wr_ptr][29]    <= #TCQ 1'b1; // Assert
                root_port_interrupt_fifo_read1[intr_fifo_wr_ptr][30]    <= #TCQ 1'b0; // INTx
                root_port_interrupt_fifo_read1[intr_fifo_wr_ptr][31]    <= #TCQ 1'b1; // Valid
                intr_fifo_wr_ptr                <= #TCQ intr_fifo_wr_ptr + 1'b1;
                intx_msg_rcvd                   <= #TCQ 'b1;
              end
              else if(cfg_msg_received_deassert_inta) begin
                root_port_interrupt_fifo_read1[intr_fifo_wr_ptr][15:0]  <= #TCQ cfg_msg_data;
                root_port_interrupt_fifo_read1[intr_fifo_wr_ptr][26:16] <= #TCQ 'b0;
                root_port_interrupt_fifo_read1[intr_fifo_wr_ptr][28:27] <= #TCQ 2'b00;// INTA
                root_port_interrupt_fifo_read1[intr_fifo_wr_ptr][29]    <= #TCQ 1'b0; // De-Assert
                root_port_interrupt_fifo_read1[intr_fifo_wr_ptr][30]    <= #TCQ 1'b0; // INTx
                root_port_interrupt_fifo_read1[intr_fifo_wr_ptr][31]    <= #TCQ 1'b1; // Valid
                intr_fifo_wr_ptr                <= #TCQ intr_fifo_wr_ptr + 1'b1;
                intx_msg_rcvd                   <= #TCQ 'b1;
              end
              else if(cfg_msg_received_deassert_intb) begin
                root_port_interrupt_fifo_read1[intr_fifo_wr_ptr][15:0]  <= #TCQ cfg_msg_data;
                root_port_interrupt_fifo_read1[intr_fifo_wr_ptr][26:16] <= #TCQ 'b0;
                root_port_interrupt_fifo_read1[intr_fifo_wr_ptr][28:27] <= #TCQ 2'b01;// INTB
                root_port_interrupt_fifo_read1[intr_fifo_wr_ptr][29]    <= #TCQ 1'b0; // De-Assert
                root_port_interrupt_fifo_read1[intr_fifo_wr_ptr][30]    <= #TCQ 1'b0; // INTx
                root_port_interrupt_fifo_read1[intr_fifo_wr_ptr][31]    <= #TCQ 1'b1; // Valid
                intr_fifo_wr_ptr                <= #TCQ intr_fifo_wr_ptr + 1'b1;
                intx_msg_rcvd                   <= #TCQ 'b1;
              end
              else if(cfg_msg_received_deassert_intc) begin
                root_port_interrupt_fifo_read1[intr_fifo_wr_ptr][15:0]  <= #TCQ cfg_msg_data;
                root_port_interrupt_fifo_read1[intr_fifo_wr_ptr][26:16] <= #TCQ 'b0;
                root_port_interrupt_fifo_read1[intr_fifo_wr_ptr][28:27] <= #TCQ 2'b10;// INTC
                root_port_interrupt_fifo_read1[intr_fifo_wr_ptr][29]    <= #TCQ 1'b0; // De-Assert
                root_port_interrupt_fifo_read1[intr_fifo_wr_ptr][30]    <= #TCQ 1'b0; // INTx
                root_port_interrupt_fifo_read1[intr_fifo_wr_ptr][31]    <= #TCQ 1'b1; // Valid
                intr_fifo_wr_ptr                <= #TCQ intr_fifo_wr_ptr + 1'b1;
                intx_msg_rcvd                   <= #TCQ 'b1;
              end
              else if(cfg_msg_received_deassert_intd) begin
                root_port_interrupt_fifo_read1[intr_fifo_wr_ptr][15:0]  <= #TCQ cfg_msg_data;
                root_port_interrupt_fifo_read1[intr_fifo_wr_ptr][26:16] <= #TCQ 'b0;
                root_port_interrupt_fifo_read1[intr_fifo_wr_ptr][28:27] <= #TCQ 2'b11;// INTD
                root_port_interrupt_fifo_read1[intr_fifo_wr_ptr][29]    <= #TCQ 1'b0; // De-Assert
                root_port_interrupt_fifo_read1[intr_fifo_wr_ptr][30]    <= #TCQ 1'b0; // INTx
                root_port_interrupt_fifo_read1[intr_fifo_wr_ptr][31]    <= #TCQ 1'b1; // Valid
                intr_fifo_wr_ptr                <= #TCQ intr_fifo_wr_ptr + 1'b1;
                intx_msg_rcvd                   <= #TCQ 'b1;
              end
            end
          end
          // Assert Interrupt Flags for once clock cycle only
          if(msi_msg_rcvd) begin
            msi_msg_rcvd          <= #TCQ 1'b0;
          end
          if(intx_msg_rcvd) begin
            intx_msg_rcvd         <= #TCQ 1'b0;
          end
        end
      end // always
      // Logic to capture MSI Interrupt from AXI-S RX Interface
      always@(posedge com_iclk) begin
        if(com_sysrst) begin
          m_axis_cfg_tready       <= #TCQ 'b0;
          tlp_rcv_in_progress     <= #TCQ 'b0;
          msi_addr                <= #TCQ 'b0;
          msi_req_id              <= #TCQ 'b0;
          is_4dw_header           <= #TCQ 'b0;
        end
        else begin
          // Assert TREADY in response to TVALID
          if(m_axis_cfg_tvalid) begin
            m_axis_cfg_tready     <= #TCQ 1'b1;
          end
          // De-assert TREADY after receiving full TLP
          if(m_axis_cfg_tready && m_axis_cfg_tlast) begin
            m_axis_cfg_tready     <= #TCQ 1'b0;
          end
          // MSI request
          if(is_msi) begin
            if(m_axis_cfg_tvalid && m_axis_cfg_tuser[14] && (!tlp_rcv_in_progress)) begin
              // 4DW Header
              if(m_axis_cfg_tdata[30:29] == 2'b11) begin
                is_4dw_header     <= #TCQ 1'b1;
              end
              // 3DW Header
              else begin
                is_4dw_header     <= #TCQ 1'b0;
              end
              msi_req_id          <= #TCQ m_axis_cfg_tdata[63:48]; // Requester ID at DW1[31:16] locaton
              tlp_rcv_in_progress <= #TCQ 1'b1;
            end
            if(tlp_rcv_in_progress && (!m_axis_cfg_tuser[21])) begin
              // 4DW Header
              if(is_4dw_header) begin
                msi_addr          <= #TCQ m_axis_cfg_tdata[44:34];
              end
              // 3DW Header
              // coverage off
              else begin
                msi_addr          <= #TCQ m_axis_cfg_tdata[12:2];
              end
            end
              // coverage on
            if(m_axis_cfg_tvalid && m_axis_cfg_tuser[21] && m_axis_cfg_tready) begin
              tlp_rcv_in_progress <= #TCQ 1'b0;
              is_4dw_header       <= #TCQ 1'b0;
            end
          end
        end
      end // always
    end // 64-bit mode RP
  end // block_is_rp
  endgenerate


endmodule